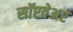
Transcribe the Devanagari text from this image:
सॉप्टवेअर